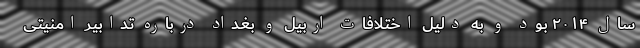
سال ۲۰۱۴ بود و به دلیل اختلافات اربیل و بغداد درباره تدابیر امنیتی